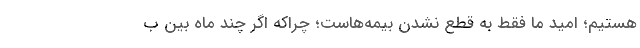
هستیم؛ امید ما فقط به قطع نشدن بیمه‌هاست؛ چراکه اگر چند ماه بین ب